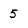
Character: 5